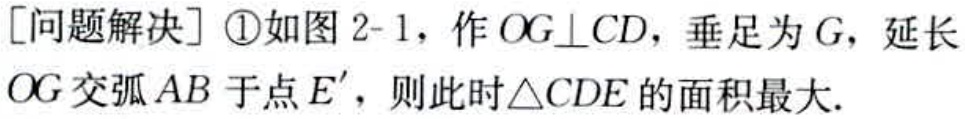
[问题解决] \textcircled{1}如图 2-1，作 \(OG\perp CD\)，垂足为 \(G\)，延长 \(OG\) 交弧 \(AB\) 于点 \(E'\)，则此时\(\triangle CDE\) 的面积最大.